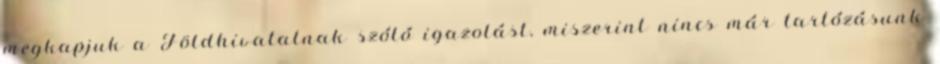
megkapjuk a Földhivatalnak szóló igazolást, miszerint nincs már tartózásunk